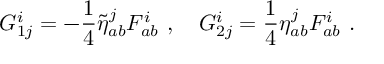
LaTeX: G _ { 1 j } ^ { i } = - \frac { 1 } { 4 } \tilde { \eta } _ { a b } ^ { j } F _ { a b } ^ { i } \ , \quad G _ { 2 j } ^ { i } = \frac { 1 } { 4 } \eta _ { a b } ^ { j } F _ { a b } ^ { i } \ .